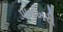
પાનખરી